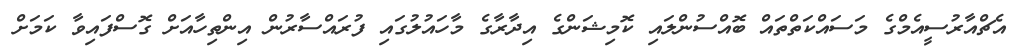
އެޗްއާރުސީއެމްގެ މަސައްކަތްތައް ބޮއްސުންލައި ކޮމިޝަންގެ އިދާރާގެ މާހައުލުގައި ފުރައްސާރުން އިންތިހާއަށް ގޮސްފައިވާ ކަމަށް